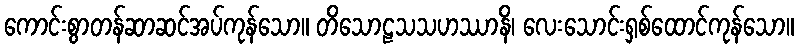
ကောင်းစွာတန်ဆာဆင်အပ်ကုန်သော။ တိသောဠသသဟဿာနိ၊ လေးသောင်းရှစ်ထောင်ကုန်သော။